Report on horse surra - Volume I
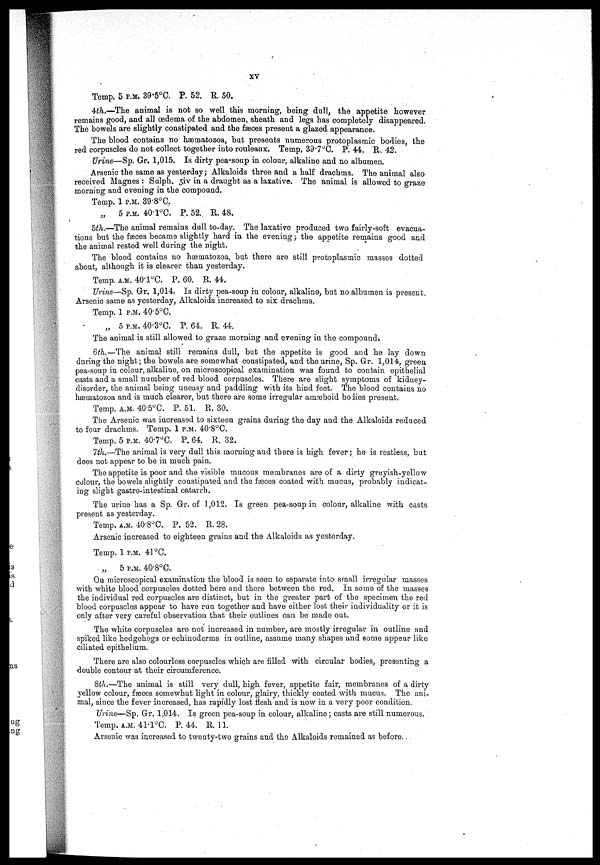
XV
Temp. 5 P.M. 39.5°C. P. 52. R. 50.
4th.—The animal is not so well this morning, being dull, the appetite however
remains good, and all œdema of the abdomen, sheath and legs has completely disappeared.
The bowels are slightly constipated and the fæces present a glazed appearance.
The blood contains no hæmatozoa, but presents numerous protoplasmic bodies, the
red corpuscles do not collect together into rouleaux. Temp. 39.7°C. P. 44. R. 42.
Urine—Sp. Gr. 1,015. Is dirty pea-soup in colour, alkaline and no albumen.
Arsenic the same as yesterday; Alkaloids three and a half drachms. The animal also
received Magnes : Sulph. 3iv in a draught as a laxative. The animal is allowed to graze
morning and evening in the compound.
Temp. 1 P.M. 39.8°C.
„
5 P.M. 40.1°C. P. 52. R. 48.
5th.—The animal remains dull to-day. The laxative produced two fairly-soft evacua-
tions but the fæces became slightly hard in the evening ; the appetite remains good and
the animal rested well during the night.
The blood contains no hæmatozoa, but there are still protoplasmic masses dotted
about, although it is clearer than yesterday.
Temp. a.m. 40.l°C. P. 60. R. 44.
Urine—Sp. Gr. 1,014. Is dirty pea-soup in colour, alkaline, but no albumen is present.
Arsenic same as yesterday, Alkaloids increased to six drachms.
Temp. 1 P.M. 40.5°C.
„ 5 P.M. 40.3°C. P. 64. R. 44.
The animal is still allowed to graze morning and evening in the compounds
6th.—The animal still remains dull, but the appetite is good and he lay down
during the night; the bowels are somewhat constipated, and the urine, Sp. Gr. 1,014, green
pea-soup in colour, alkaline, on microscopical examination was found to contain epithelial
casts and a small number of red blood corpuscles. There are slight symptoms of kidney-
disorder, the animal being uneasy and paddling with its hind feet. The blood contains no
hæmatozoa and is much clearer, but there are some irregular amæboid bodies present.
Temp. A.M. 40.5°C. P. 51. R. 30.
The Arsenic was increased to sixteen grains during the day and the Alkaloids reduced
to four drachms. Temp. 1 P.M. 40.8°C.
Temp. 5 P.M. 40.7°C. P. 64. R. 32.
7th.—The animal is very dull this morning and there is high fever ; he is restless, but
does not appear to be in much pain.
The appetite is poor and the visible mucous membranes are of a dirty greyish-yellow
colour, the bowels slightly constipated and the feces coated with mucus, probably indicat-
ing slight gastro-intestinal catarrh.
The urine has a Sp. Gr. of 1,012. Is green pea-soup in colour, alkaline with casts
present as yesterday.
Temp. A.M. 40.8°C. P. 52. R. 28.
Arsenic increased to eighteen grains and the Alkaloids as yesterday.
Temp. 1 P.M. 41°C.
„
5 P.M. 40.8°C.
On microscopical examination the blood is seen to separate into small irregular masses
with white blood corpuscles dotted here and there between the red. In some of the masses
the individual red corpuscles are distinct, but in the greater part of the specimen the red
blood corpuscles appear to have run together and have either lost their individuality or it is
only after very careful observation that their outlines can be made out.
The white corpuscles are not increased in number, are mostly irregular in outline and
spiked like hedgehogs or echinoderms in outline, assume many shapes and some appear like
ciliated epithelium.
There are also colourless corpuscles which are filled with circular bodies, presenting a
double contour at their circumference.
8th.—The animal is still very dull, high fever, appetite fair, membranes of a dirty
yellow colour, fasces somewhat light in colour, glairy, thickly coated with mucus. The ani-
mal, since the fever increased, has rapidly lost flesh and is now in a very poor condition.
Urine—Sp. Gr. 1,014. Is green pea-soup in colour, alkaline ; casts are still numerous.
Temp. A.M. 41.1°C. P. 44. R. 11.
Arsenic was increased to twenty-two grains and the Alkaloids remained as before.